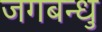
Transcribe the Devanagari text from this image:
जगबन्धु